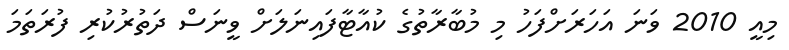
މިއީ 2010 ވަނަ އަހަރަށްފަހު މި މުބާރާތުގެ ކުއާޓާފައިނަލަށް ވީނަސް ދަތުރުކުރި ފުރަތަމަ